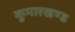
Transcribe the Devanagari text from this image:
कुमारखण्ड